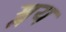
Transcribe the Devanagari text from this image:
श्लय